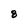
Character: 8